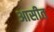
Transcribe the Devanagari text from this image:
आसीत